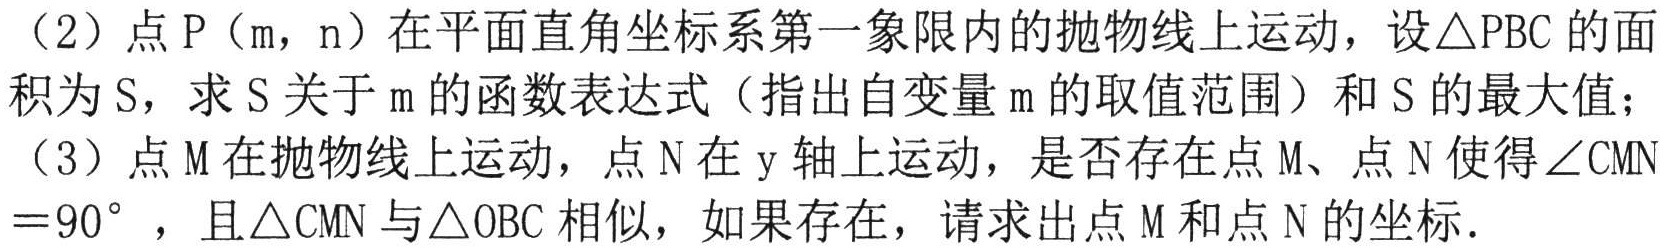
（2）点P（m，n）在平面直角坐标系第一象限内的抛物线上运动，设△PBC的面积为S，求S关于m的函数表达式（指出自变量m的取值范围）和S的最大值；
（3）点M在抛物线上运动，点N在y轴上运动，是否存在点M、点N使得∠CMN = 90°，且△CMN与△OBC相似，如果存在，请求出点M和点N的坐标．